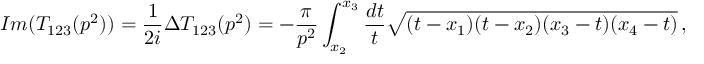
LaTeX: I m ( T _ { 1 2 3 } ( p ^ { 2 } ) ) = \frac { 1 } { 2 i } \Delta T _ { 1 2 3 } ( p ^ { 2 } ) = - \frac { \pi } { p ^ { 2 } } \int _ { x _ { 2 } } ^ { x _ { 3 } } { \frac { d t } { t } } \sqrt { ( t - x _ { 1 } ) ( t - x _ { 2 } ) ( x _ { 3 } - t ) ( x _ { 4 } - t ) } \, ,